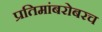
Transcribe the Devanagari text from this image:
प्रतिमांबरोबरच